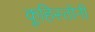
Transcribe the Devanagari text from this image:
कूहिस्तोनी